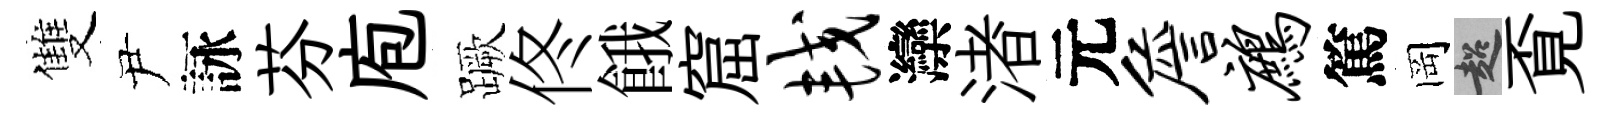
雙尹詠芬庖蹶佟餓窟较灤渚元詹鹧篤岡超覔